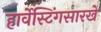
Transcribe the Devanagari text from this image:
हार्वेस्टिंगसारखे